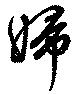
婦